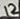
Text: 12